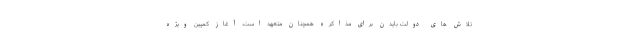
تلاش های دولت بایدن برای مذاکره همچنان متعهد است. آغاز کمپین ویژه